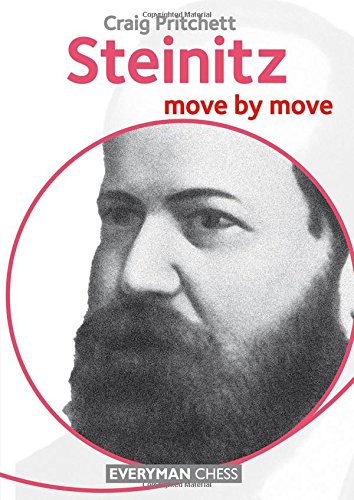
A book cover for Steinitz: Move by Move; Craig Pritchett; Humor & Entertainment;